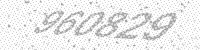
Solution: 960829